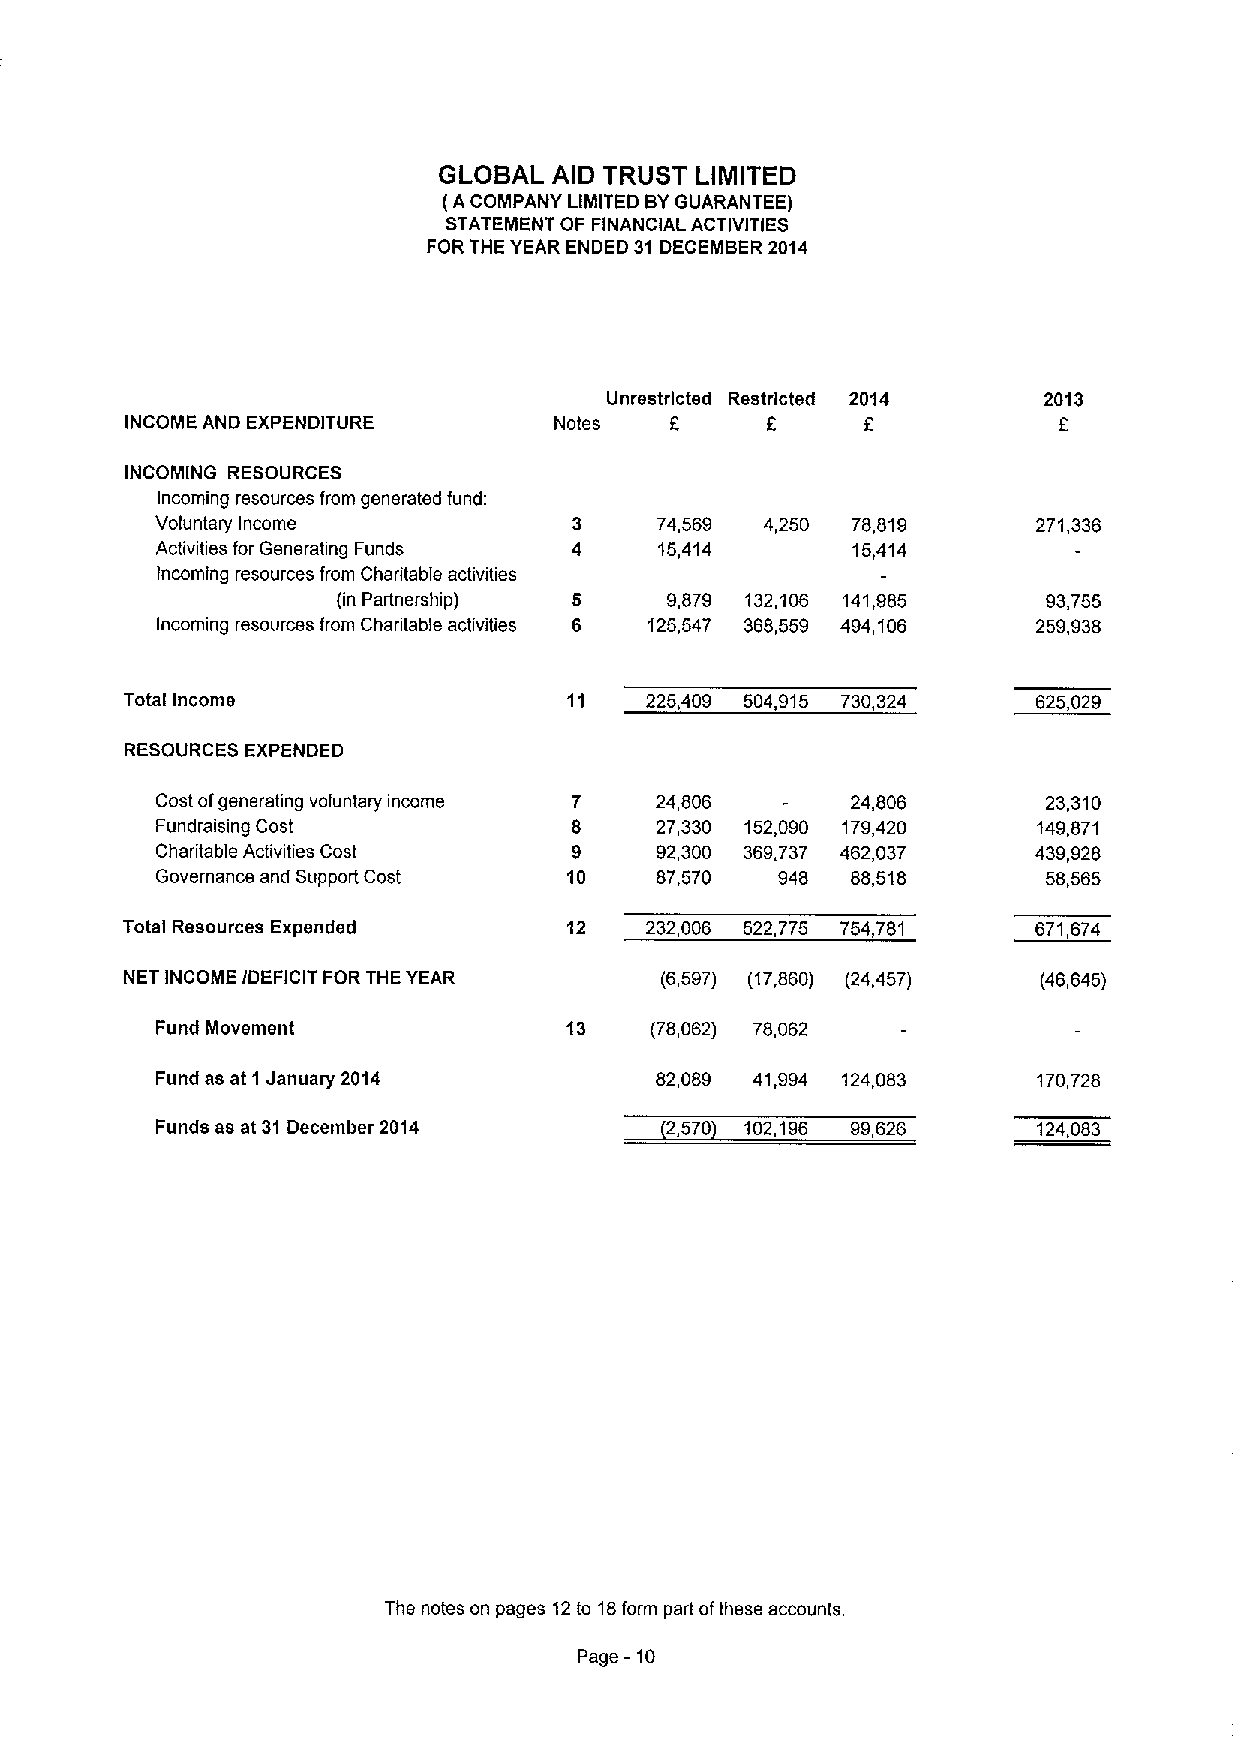
GLOBAL  AID TRUST LIMITED
 (A COMPANY LIMITED BYGUARANTEE)
 STATEMENT OF FINANCIAL ACTIVITIES
 FOR THE YEAR ENDED 31 DECEMBER 2014
 Unrestricted Restricted 2014 2013
 f
 INCOME AND EXPENDITURE       Notes  8
 INCOMING RESOURCES
 Incoming resources from generated fund:
 Voluntary Income            3    74,569  4,250 78,819      271,336
 Activities for Generating Funds 4 15,414      15,414
 Incoming resources from Charitable activities
 (in Partnership) 5    9,879 132,106 141,985    93,755
 Incoming resources from Charitable activities 6 125,547 368,559 494,106 259,938
 Total Income                  11   225,409 504,915 730,324   625,029
 RESOURCES EXPENDED
 Cost ofgenerating voluntary income 7 24,806   24,806       23,310
 Fundraising Cost            8    27,330 152,090 179,420    149,871
 Charitable Activities Cost  9    92,300 369,737 462,037    439,928
 Governance and Support Cost 10   87,570  948  88,518       58,565
 Total Resources Expended      12   232,006 522,775 754,781   671,674
 NET INCOME /DEFICIT FOR THE YEAR    (6,597) (17,860) (24,457) (46,645)
 Fund Movement              13    (78,062) 78,062
 Fund as at 1 January 2014        82,089 41,994 124,083     170,728
 Funds as at 31 December 2014      2,570 102,196 99,626     124,083
 The notes on pages 12to 18form part ofthese accounts.
 -10
 Page